Vital statistics of India. Vol. V, Reports of 1876 on armies & jails and on epidemic cholera
Year: 1876
Disease focus: Cholera
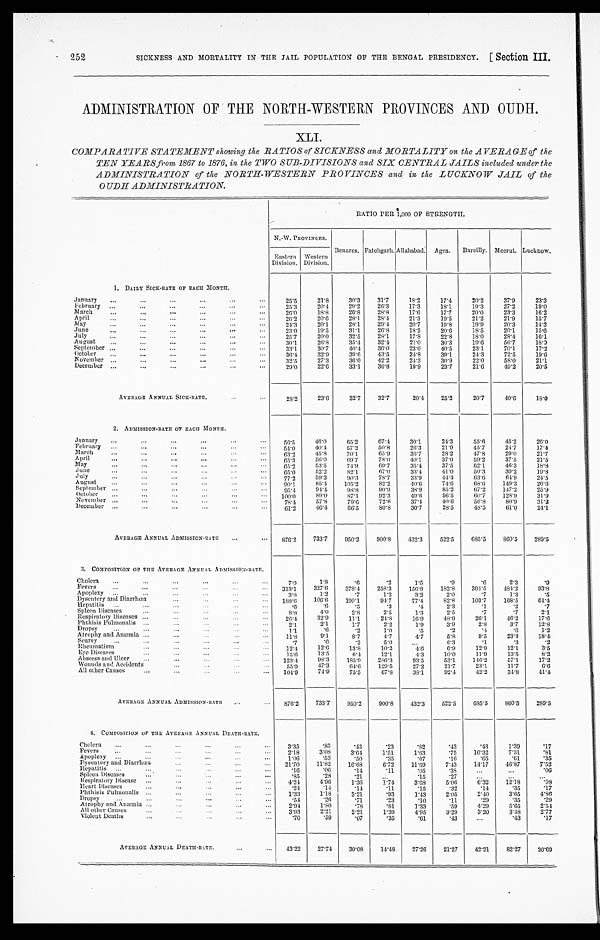
252
SICKNESS AND MORTALITY IN THE JAIL POPULATION OF THE BENGAL PRESIDENCY.
[ Section III.
ADMINISTRATION OF THE NORTH-WESTERN PROVINCES AND OUDH.
XLI.
COMPARATIVE STATEMENT showing the RATIOS of SICKNESS and MORTALITY on the AVERAGE of the
TEN YEARS from 1867 to 1876, in the TWO SUB-DIVISIONS and SIX CENTRAL JAILS included under the
ADMINISTRATION of the NORTH-WESTERN PROVINCES and in the LUCKNOW JAIL of the
OUDH ADMINISTRATION.
RATIO PER 1,000 OF STRENGTH.
N.-W. PROVINCES.
Benares. Fatehgarh. Allahabad. Agra. Bareilly. Meerut. Lucknow.
Eastern
Division.
Western
Division.
1. DAILY SICK-RATE OF EACH MONTH.
January
25.5
21.8
30.3
31.7
18.2
17.4
20.2
37.9
2 3 . 3
February
25.3
20.4
29.2
26.3
17.3
18.1
19.3
27.2
19.0
March
26.0
18.8
26.8
28.8
17.6
17.7
20.0
23.3
16.2
April
26.2
20.6
28.1
28.4
21.3
19.5
21.2
21.9
15.7
May
24.3
20.1
28.1
29.4
20.7
1 9 . 8
19.9
20.3
14.3
J u n e
23.0
19.5
31.1
26.8
18.2
20.6
18.5
20.1
1 5 . 6
J u l y
25.7
20.0
32.5
28.1
17.8
22.8
18.0
28.4
16.1
August
30.1
26.8
35.4
32.4
21.0
30.3
19.6
56.7
1 8 . 0
September
33.1
30.7
40.4
36.0
23.0
40.5
23.1
70.1
17.2
October
36.4
32.0
39.6
43.5
24.8
39.1
24.3
72.5
19.6
November
32.5
27.3
36.0
42.2
24.3
30.9
22.0
58.0
21.1
December
2 9 . 0
22.6
33.1
36.8
19.9
23.7
21.6
49.2
20.5
AVERAGE ANNUAL SICK-RATE.
28.2
23.6
32.7
32.7
20.4
25.2
20.7
40.6
18.0
2. ADMISSION-RATE OF EACH MONTH.
January
56.5
46.0
65.2
67.4
30.1
24.3
55.6
45.2
26.0
February
54.0
40.4
57.2
50.8
26.3
21.9
45.7
24.7
17.4
March
63.2
45.8
70.1
65.9
36.7
28.2
47.8
29.0
21.7
April
65.3
56.0
69.7
78.0
4 0 . 1
37.0
59.2
37.5
21.5
M a y
6 5 . 2
53.5
74.9
69.7
3 5 . 4
37.5
62.1
46.3
18.8
June
65.0
52.2
82.1
67.0
33.4
41.0
50.3
39.2
19.8
July
77.2
59.3
9 0 . 3
78.7
33.9
44.4
63.6
64.9
24.5
August
90.1
85.4
105.2
82.2
40.6
74.6
68.6
149.3
26.6
September
95.4
91.4
98.8
90.9
38.9
85.2
67.2
147.2
25.9
October
1 0 0 . 0
89.0
87.1
92.3
49.6
56.5
60.7
128.9
31.9
N o v e m b e r
7 8 . 4
57.8
79.6
72.6
37.4
40.6
56.8
80.9
31.2
December
6 1 . 2
46.4
66.5
8 0 . 8
30.7
28.5
48.5
61.0
24.1
AVERAGE ANNUAL ADMISSION-RATE
8 7 6 . 2 733.7
950.2
900.8
432.3
522.5
685.5
860.5
289.5
3. COMPOSITION OF THE AVERAGE ANNUAL ADMISSION-RATE.
Cholera
7.0
1.8
.6
.2
1.5
.9
. 6
2.3
.9
Fevers
3 1 3 . 1 327.6
378.4
258.3
156.8
182.8
304.5
4 8 4 . 2
93.8
Apoplexy
3 . 8
1.2
.7
1.2
3.2
2.0
.7
1 3
.5
Dysentery and Diarrhœa
1 8 8 . 6
106.6
199.1
94.7
77.4
82.8
103.7
168.5
6 4 . 4
•
H e p a t i t i s
. 6
.6
.5
.3
.4
2.3
.1
.2
.7
Spleen Diseases
8 . 8
4.0
2.8
2.5
1.3
2.5
.7
.7
2.1
Respiratory Diseases
26.4
32.9
11.1
24.8
16.9
48.9
26.1
46.2
17.6
Phthisis Pulmonalis
2.1
2.1
1.7
2.2
1.9
3.9
2.8
3.7
12.8
• • •
• • •
• • •
• D r o p s y
1.1
.6
.2
1.0
.5
.2
.4
.6
1.2
Atrophy and Anæmia
11.8
9.1
8.7
4.7
4.7
5.8
9.5
23.3
1 8 . 4
S c u r v y
.7
.6
.2
5.0
6.3
.1
.3
.2
•
Rheumatism
12.4
12.6
13.8
10.2
4.6
6.9
12.9
12.1
3.5
Eye Diseases
15.6
13.5
6.4
12.1
4.3
10.0
11.9
13.5
8.2
Abscess and Ulcer
123.4
98.3
185.9
286.3
93.5
53.1
146.2
57.1
17.2
Wounds and Accidents
55.9
47.3
64.6
129.5
27.2
21.7
23.1
11.7
6.6
All other Causes
104.9
74.9
75.5
67.8
38.1
92.4
42.2
34.8
4 1 . 4
AVERAGE ANNUAL ADMISSION-RATE
876.2
733.7
950.2
900.8
432.3
522.5
685.5
860.5
289.5
4. COMPOSITION OF THE AVERAGE ANNUAL DEATH-RATE.
Cholera
3. 35
.83
. 4 3
. 2 3
.82
. 4 3
.43
1.39
. 1 7
Fevers
2. 18
3.08
3.64
1.51
1.63
.75
10.32
7.31
. 8 1
A p o p l e x y
1. 06
.53
.50
.35
.67
.16
.65
.61
. 3 5
Dysentery and Diarrhœa
21.70
11.82
16.68
6.72
11.69
7.43
14.17
46.87
7.52
Hepatitis
.16
.06
.14
.11
.05
.38
. 0 6
Spleen Diseases
.85
.28
.21
.15
.27
Respiratory Disease
4.24
4.96
1.36
1'74
3.68
5.06
6.32
12.18
. 9 8
H e a r t D i s e a s e s
.24
.14
.14
.11
.15
.32
. 1 4
.35
.17
Phthisis Pulmonalis
1.33
1.18
3.21
.93
1.43
2.05
2.40
3.65
4.86
Dropsy
.51
.26
.71
. 2 3
. 1 0
.11
.29
.35
.29
Atrophy and Anæmia
2.94
1.80
.78
.81
1.33
.59
4.29
5.65
2 . 5 4
All other Causes
3.93
2.21
2.21
1.39
4.95
3.29
3.20
3.48
2.77
V i o l e n t D e a t h s
.70
.59
.07
.35
.61
.43
.43
.17
AVERAGE ANNUAL DEATH-RATE
43.22
27.74
30.08
14.48
27.26
21.27
42.21
82.27
20.69